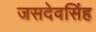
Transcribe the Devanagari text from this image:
जसदेवसिंह